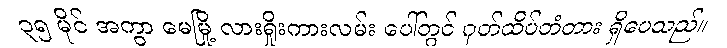
၃၅ မိုင် အကွာ မေမြို့ လားရှိုးကားလမ်း ပေါ်တွင် ဂုတ်ထိပ်တံတား ရှိပေသည်။